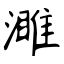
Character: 濉